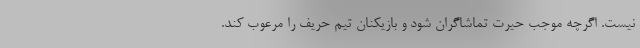
نیست. اگرچه موجب حیرت تماشاگران شود و بازیکنان تیم حریف را مرعوب کند.